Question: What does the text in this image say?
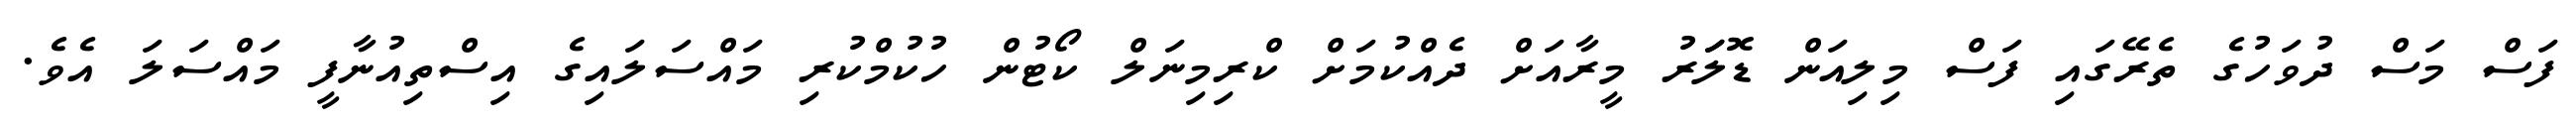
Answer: ފަސް މަސް ދުވަހުގެ ތެރޭގައި ފަސް މިލިއަން ޑޮލަަރު މީރާއަށް ދެއްކުމަށް ކްރިމިނަލް ކޯޓުން ހުކުމްކުރި މައްސަލައިގެ އިސްތިއުނާފީ މައްސަލަ އެވެ.